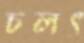
চলৎ